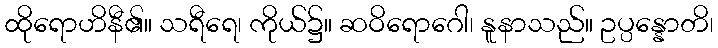
ထိုရောဟိနီ၏။ သရီရေ၊ ကိုယ်၌။ ဆဝိရောဂေါ၊ နူနာသည်။ ဥပ္ပန္နောတိ၊